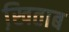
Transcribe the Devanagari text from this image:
खि़ताब